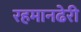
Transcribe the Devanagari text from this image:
रहमानढेरी